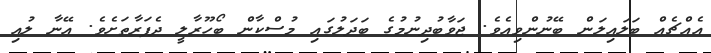
އެއްޗެއް ބަލައިލަން ބޭނުންވިއެވެ. ޖަވާބުދިނުމުގެ ބަދަލުގައި މުސްކާން ބޯހޫރާލީ ދެފަރާތަށެވެ. އޭނާ ލުއި